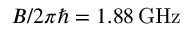
B / 2 \pi \hbar = 1 . 8 8 \, \mathrm { G H z }